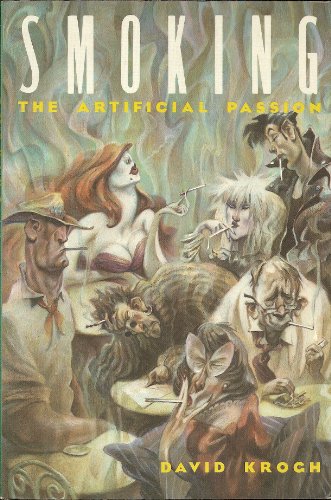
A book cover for Smoking: The Artificial Passion; David Krogh; Health, Fitness & Dieting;